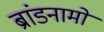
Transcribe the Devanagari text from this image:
ब्रांडनामों